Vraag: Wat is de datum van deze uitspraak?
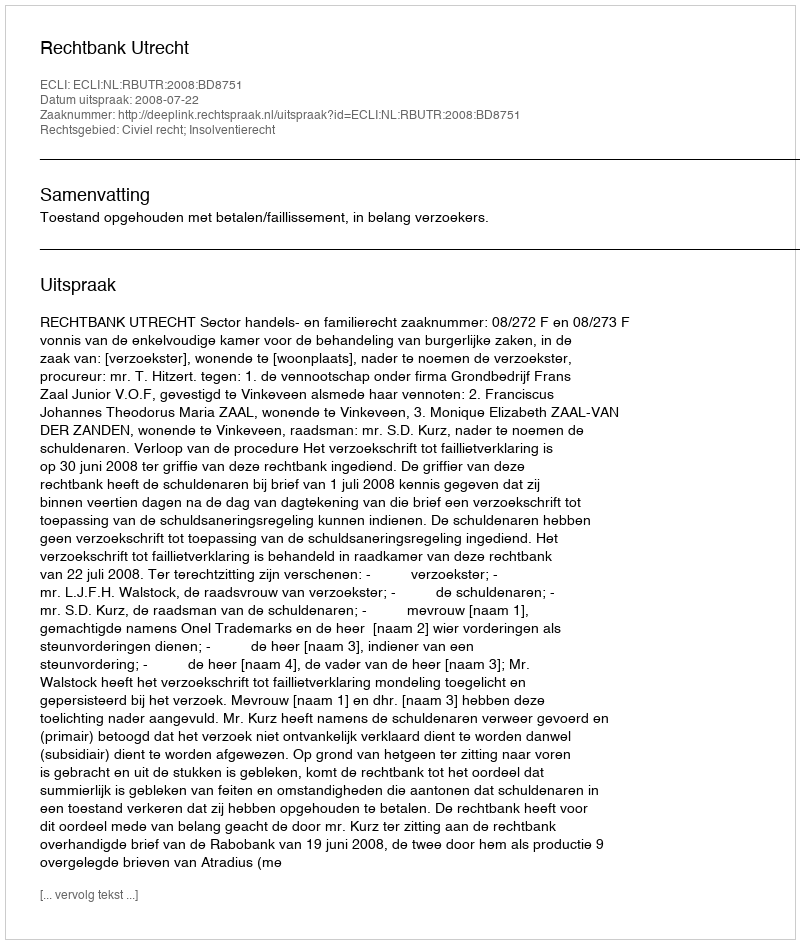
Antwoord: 2008-07-22